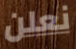
نعلن